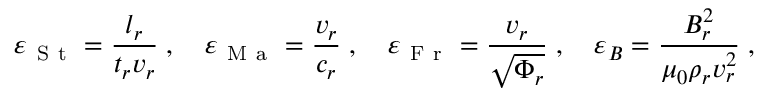
{ \varepsilon } _ { \mathrm { ~ S ~ t ~ } } = \frac { l _ { r } } { t _ { r } v _ { r } } \; , \quad { \varepsilon } _ { \mathrm { ~ M ~ a ~ } } = \frac { v _ { r } } { c _ { r } } \; , \quad { \varepsilon } _ { \mathrm { ~ F ~ r ~ } } = \frac { v _ { r } } { \sqrt { \Phi _ { r } } } \; , \quad { \varepsilon } _ { B } = \frac { B _ { r } ^ { 2 } } { \mu _ { 0 } \rho _ { r } v _ { r } ^ { 2 } } \; ,